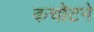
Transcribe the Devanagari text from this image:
कचोटने